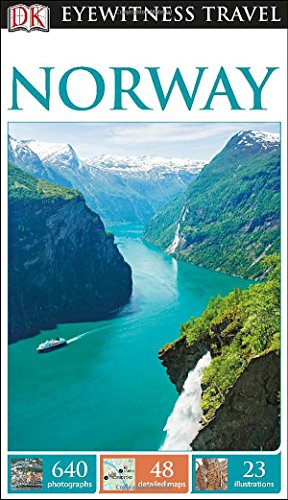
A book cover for DK Eyewitness Travel Guide: Norway; DK Publishing; Travel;